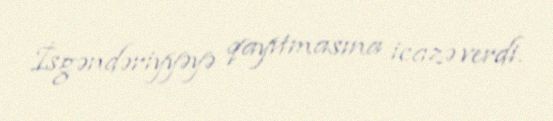
İsgəndəriyyəyə qayıtmasına icazə verdi.